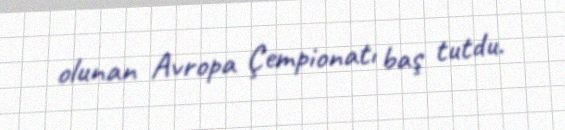
olunan Avropa Çempionatı baş tutdu.